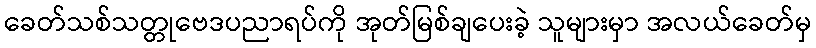
ခေတ်သစ်သတ္တုဗေဒပညာရပ်ကို အုတ်မြစ်ချပေးခဲ့ သူများမှာ အလယ်ခေတ်မှ